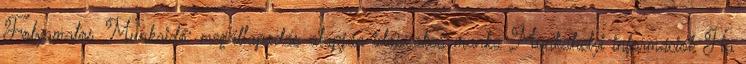
Folyamatos Munkaidő: megállapodás alapján időszakos munka Munkahelyi információk Ha